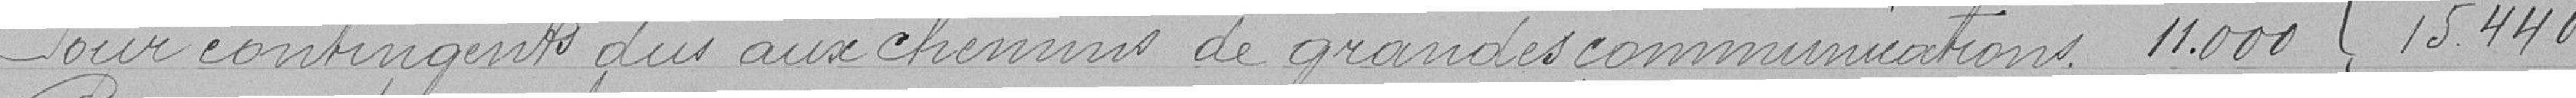
Pour contingents dus aux chemins de grandes communications 11000  }  15440